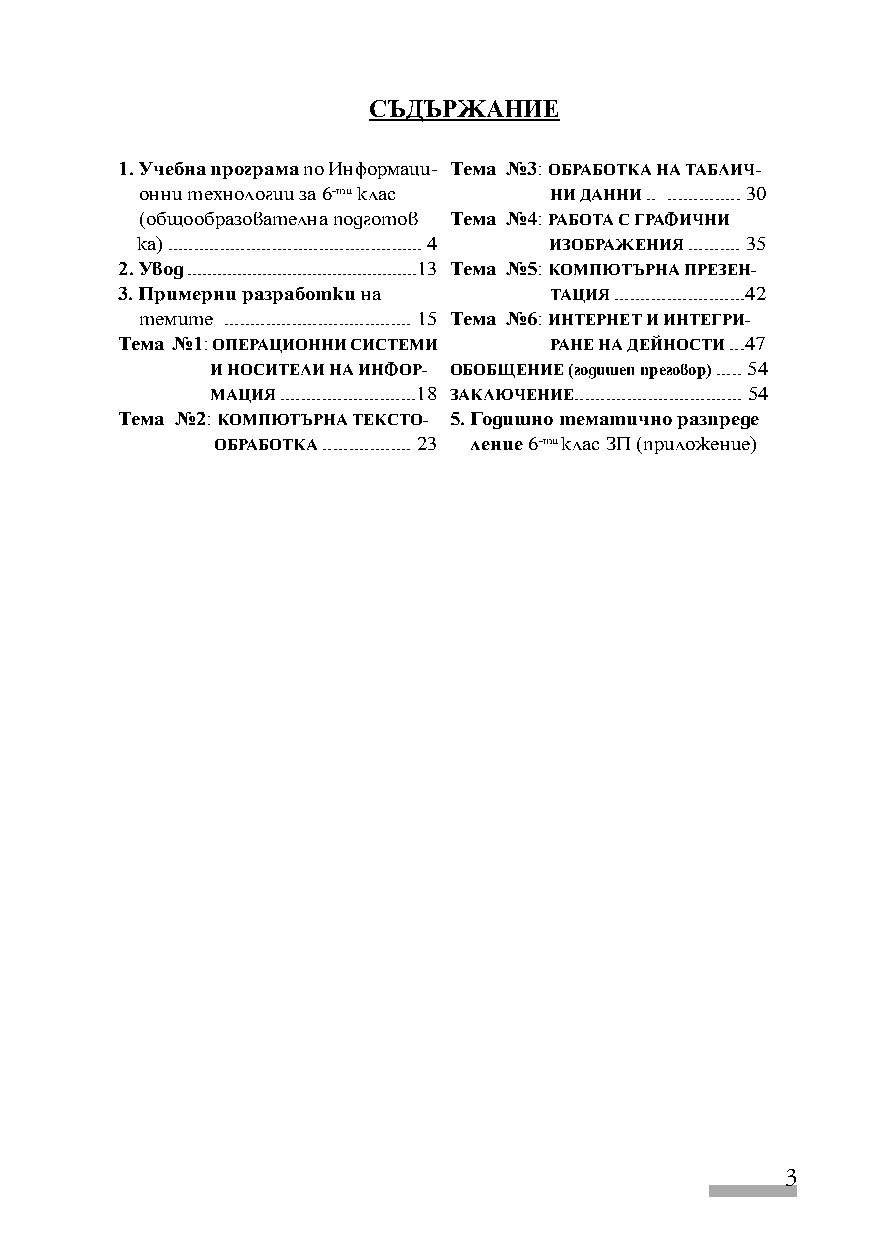
СЪДЪРЖАНИЕ
 1. Учебна програма по Информаци- Тема №3: ОБРАБОТКА НА ТАБЛИЧ-
 онни технологии за 6-ти клас НИ ДАННИ .. .............. 30
 (общообразователна подготов Тема №4: РАБОТА С ГРАФИЧНИ
 ка) ................................................. 4 ИЗОБРАЖЕНИЯ .......... 35
 2. Увод ..............................................13 Тема №5: КОМПЮТЪРНА ПРЕЗЕН-
 3. Примерни разработки на   ТАЦИЯ .........................42
 темите .................................... 15 Тема №6: ИНТЕРНЕТ И ИНТЕГРИ-
 Тема №1: ОПЕРАЦИОННИ СИСТЕМИ РАНЕ НА ДЕЙНОСТИ ...47
 И НОСИТЕЛИ НА ИНФОР- ОБОБЩЕНИЕ (годишен преговор) ..... 54
 МАЦИЯ ..........................18 ЗАКЛЮЧЕНИЕ................................ 54
 Тема №2: КОМПЮТЪРНА ТЕКСТО- 5. Годишно тематично разпреде
 ОБРАБОТКА ................. 23 ление 6-ти клас ЗП (приложение)
 3